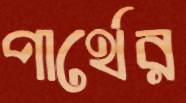
পার্থের